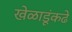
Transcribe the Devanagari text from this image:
खेळाडूंकढे